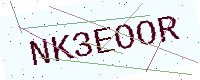
Text: NK3EOOR